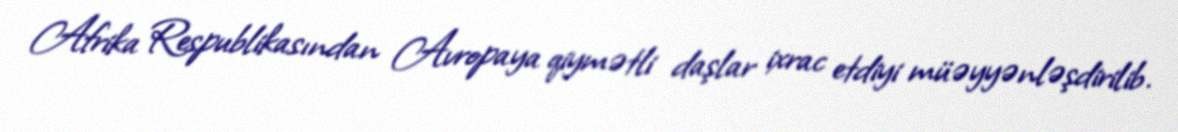
Afrika Respublikasından Avropaya qiymətli daşlar ixrac etdiyi müəyyənləşdirilib.